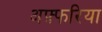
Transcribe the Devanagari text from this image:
अफ़्फरिया